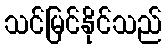
သင်မြင်နိုင်သည်